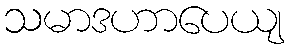
သမာဒဟာပေယျ